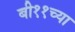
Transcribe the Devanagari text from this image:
बी११च्या